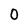
Character: 0